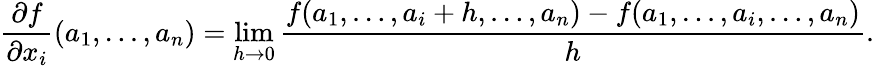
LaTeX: {\frac{\partial f}{\partial x_{i}}}(a_{1},\ldots,a_{n})=\operatorname*{lim}_{h\to 0}{\frac{f(a_{1},\ldots,a_{i}+h,\ldots,a_{n})-f(a_{1},\ldots,a_{i},\ldots,a_{n})}{h}}.